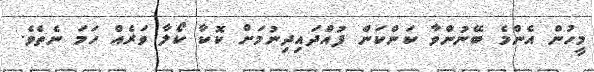
މީހުން އެންމެ ބޭނުންވާ ކަންކަން ފުއްދައިދިނުމަށް ކޮކާ ކޯލާ ވަރެއް ހަމަ ނެތެވެ.